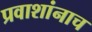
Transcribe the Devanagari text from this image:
प्रवाशांनाच